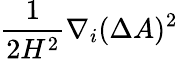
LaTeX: \frac{1}{2H^{2}}\nabla_{i}(\Delta A)^{2}